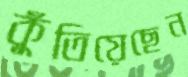
কুঁতিয়েছেন